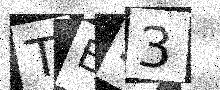
Text: TES3